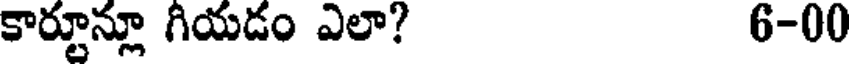
కార్టూన్లూ గియడం ఎలా? 6-00